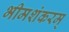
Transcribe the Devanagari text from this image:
भीमशंकरम्